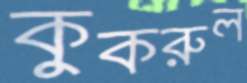
কুকরুল